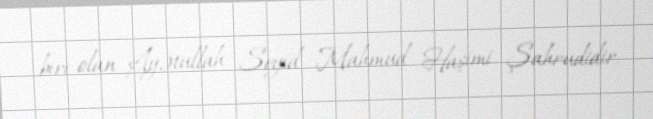
biri olan Ayətullah Seyid Mahmud Haşimi Şahrudidir.